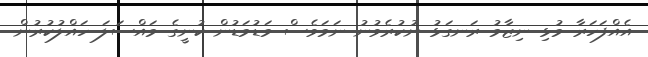
އެއްފަހަރާ މުޅި ނިޒާމު ރަނގަޅު ނުކުރެވުނު ނަމަވެސް މަޑުމަޑުން ކުނީގެ މައްސަލަ ހައްލުކުުރުން